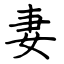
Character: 妻